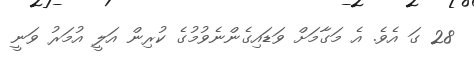
28 ގަ އެވެ. އެ މަގާމަށް ވަޑައިގެންނެވުމުގެ ކުރިން އަލީ އުމަރު ވަނީ